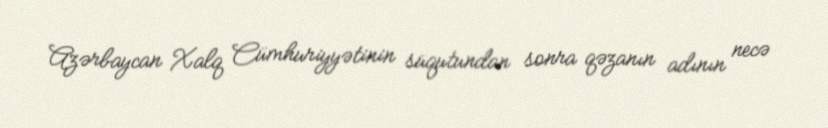
Azərbaycan Xalq Cümhuriyyətinin süqutundan sonra qəzanın adının necə